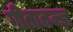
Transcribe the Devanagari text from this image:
गीतातज्ज्ञ